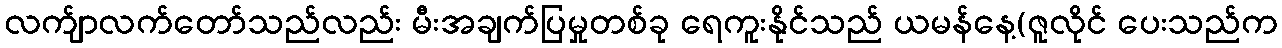
လက်ျာလက်တော်သည်လည်း မီးအချက်ပြမှုတစ်ခု ရေကူးနိုင်သည် ယမန်နေ့(ဇူလိုင် ပေးသည်က